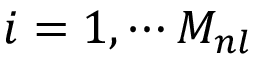
i = 1 , \cdots M _ { n l }